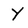
Character: Y